Vaccination in Burma 1900-1911 - 1900-1911
Year: 1900
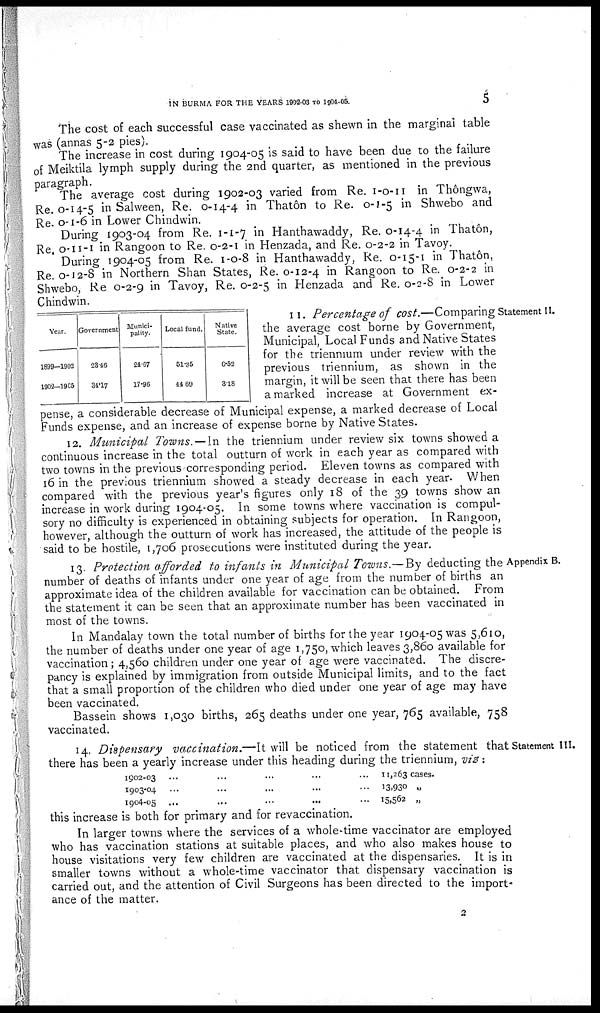
IN BURMA FOR THE YEARS 1902-03 to 1904-05.
5
The cost of each successful case vaccinated as shewn in the marginal table
was (annas 5-2 pies).
The increase in cost during 1904-05 is said to have been due to the failure
of Meiktila lymph supply during the 2nd quarter, as mentioned in the previous
paragraph.
The average cost during 1902-03 varied from Re. 1-0-11 in Thôngwa,
Re. 0-14-5 in Salween, Re. 0-14-4 in Thatôn to Re. 0-1-5 in Shwebo and
Re. 0-1-6 in Lower Chindwin.
During 1903-04 from Re. 1-1-7 in Hanthawaddy, Re. 0-14-4 in Thatôn,
Re. 0-11-1 in Rangoon to Re. 0-2-1 in Henzada, and Re. 0-2-2 in Tavoy.
During 1904-05 from Re. 1-0-8 in Hanthawaddy, Re. 0-15-1 in Thatôn,
Re. 0-12-8 in Northern Shan States, Re. 0-12-4 in Rangoon to Re. 0-2-2 in
Shwebo, Re 0-2-9 in Tavoy, Re. 0-2-5 in Henzada and Re. 0-2-8 in Lower
Chindwin.
Year.
1899-1902
1902-1905
Government
23.16
34.17
Munici-
pality.
24.67
17.96
Local fund.
51.35
44.69
Native
State.
0.53
3.18
Statement II.
11. Percentage of cost.—Comparing
the average cost borne by Government,
Municipal, Local Funds and Native States
for the triennium under review with the
previous triennium, as shown in the
margin, it will be seen that there has been
a marked increase at Government ex-
pense, a considerable decrease of Municipal expense, a marked decrease of Local
Funds expense, and an increase of expense borne by Native States.
12. Municipal Towns. — In the triennium under review six towns showed a
continuous increase in the total outturn of work in each year as compared with
two towns in the previous corresponding period. Eleven towns as compared with
16 in the previous triennium showed a steady decrease in each year. When
compared with the previous year's figures only 18 of the 39 towns show an
increase in work during 1904-05. In some towns where vaccination is compul-
sory no difficulty is experienced in obtaining subjects for operation. In Rangoon,
however, although the outturn of work has increased, the attitude of the people is
said to be hostile, 1,706 prosecutions were instituted during the year.
Appendix B.
13. Protection afforded to infants in Municipal Towns.—By deducting the
number of deaths of infants under one year of age from the number of births an
approximate idea of the children available for vaccination can be obtained. From
the statement it can be seen that an approximate number has been vaccinated in
most of the towns.
In Mandalay town the total number of births for the year 1904-05 was 5,610,
the number of deaths under one year of age 1,750, which leaves 3,860 available for
vaccination; 4,560 children under one year of age were vaccinated. The discre-
pancy is explained by immigration from outside Municipal limits, and to the fact
that a small proportion of the children who died under one year of age may have
been vaccinated.
Bassein shows 1,030 births, 265 deaths under one year, 765 available, 758
vaccinated.
Statement III.
14. Dispensary vaccination.—It will be noticed from the statement that
there has been a yearly increase under this heading during the triennium, viz :
1902-03... ...
1903-04... ...
1904-05... ...
11,263 cases.
13,930 „
15,562 „
this increase is both for primary and for revaccination.
In larger towns where the services of a whole-time vaccinator are employed
who has vaccination stations at suitable places, and who also makes house to
house visitations very few children are vaccinated at the dispensaries. It is in
smaller towns without a whole-time vaccinator that dispensary vaccination is
carried out, and the attention of Civil Surgeons has been directed to the import-
ance of the matter.
2